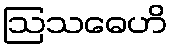
ဩသဓေဟိ